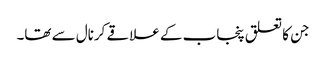
جن کا تعلق پنجاب کے علاقے کرنال سے تھا۔